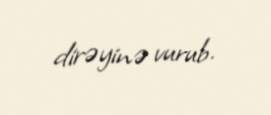
dirəyinə vurub.